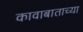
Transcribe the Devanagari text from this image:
कावाबाताच्या